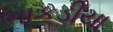
ભાકડીયા